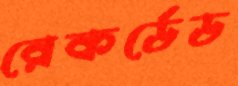
রেকর্ডেড